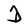
Character: D